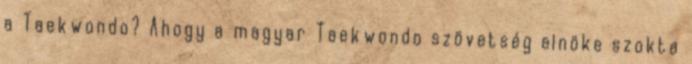
a Taekwondo? Ahogy a magyar Taekwondo szövetség elnöke szokta